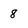
Character: 8